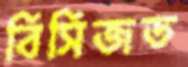
বিসিজড